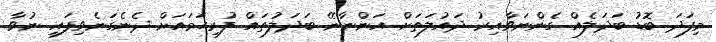
މިފަދަ ބޮޑު ބަދަލެއް ގެންނަވާއިރު ދައުލަތަށް އަންނާނޭ ބަދަލުތައް ފުރިހަމައަށް ދެނެގަނެވިފައި ނުވާ